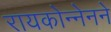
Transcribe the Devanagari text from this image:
रायकोन्नेनने